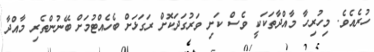
ހުރެއެވެ. މިހުރިހާ މާއްދާތަކަކީ ވެސް ކަށި ވަރުގަދަކޮށް ރަގަޅަށް ބެހެއްޓުމަށް ބޭނުންތެރި މާއްދާ